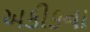
અકીકના